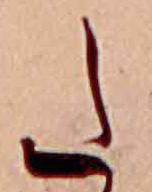
た